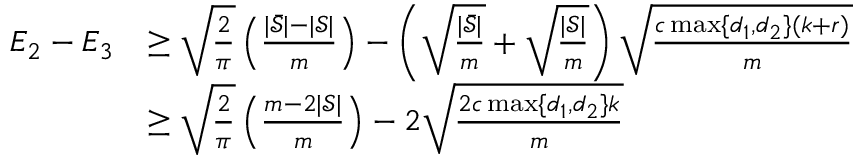
\begin{array} { r l } { E _ { 2 } - E _ { 3 } } & { \geq \sqrt { \frac { 2 } { \pi } } \left( \frac { | \bar { \mathcal { S } } | - | \mathcal { S } | } { m } \right) - \left( \sqrt { \frac { | \bar { \mathcal { S } } | } { m } } + \sqrt { \frac { | \mathcal { S } | } { m } } \right) \sqrt { \frac { c \operatorname* { m a x } \{ d _ { 1 } , d _ { 2 } \} ( k + r ) } { m } } } \\ & { \geq \sqrt { \frac { 2 } { \pi } } \left( \frac { m - 2 | \mathcal { S } | } { m } \right) - 2 \sqrt { \frac { 2 c \operatorname* { m a x } \{ d _ { 1 } , d _ { 2 } \} k } { m } } } \end{array}